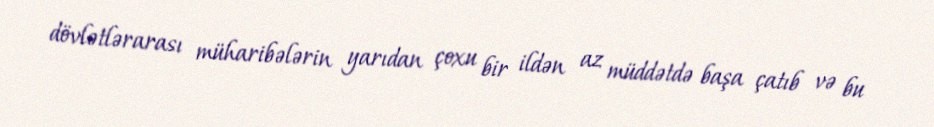
dövlətlərarası müharibələrin yarıdan çoxu bir ildən az müddətdə başa çatıb və bu